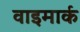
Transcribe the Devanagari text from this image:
वाइमार्क